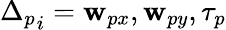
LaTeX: {\Delta_{p}}_{i}=\mathbf{w}_{px},\mathbf{w}_{py},\tau_{p}